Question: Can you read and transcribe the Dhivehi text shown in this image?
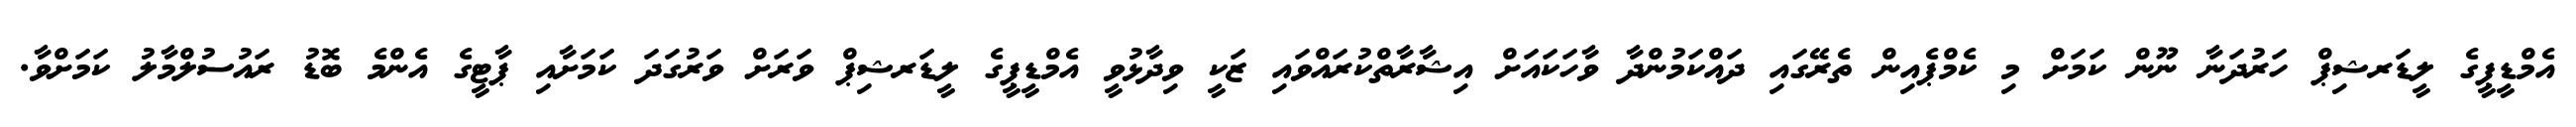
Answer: އެމްޑީޕީގެ ލީޑަރޝިޕް ހަރުދަނާ ނޫން ކަމަށް މި ކެމްޕެއިން ތެރޭގައި ދައްކަމުންދާ ވާހަކައަށް އިޝާރާތްކުރައްވައި ޒަކީ ވިދާޅުވީ އެމްޑީޕީގެ ލީޑަރޝިޕް ވަރަށް ވަރުގަދަ ކަމަށާއި ޕާޓީގެ އެންމެ ބޮޑު ރައުސުލްމާލު ކަމަށްވާ.